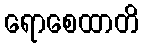
ရောစေထာတိ